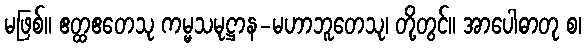
မဖြစ်။ ဧတ္ထဧတေသု ကမ္မသမုဋ္ဌာန-မဟာဘူတေသု၊ တို့တွင်။ အာပေါဓာတု စ၊